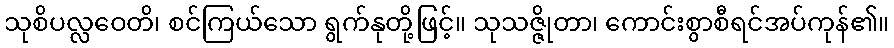
သုစိပလ္လဝေတိ၊ စင်ကြယ်သော ရွက်နုတို့ဖြင့်။ သုသဇ္ဇိုတာ၊ ကောင်းစွာစီရင်အပ်ကုန်၏။